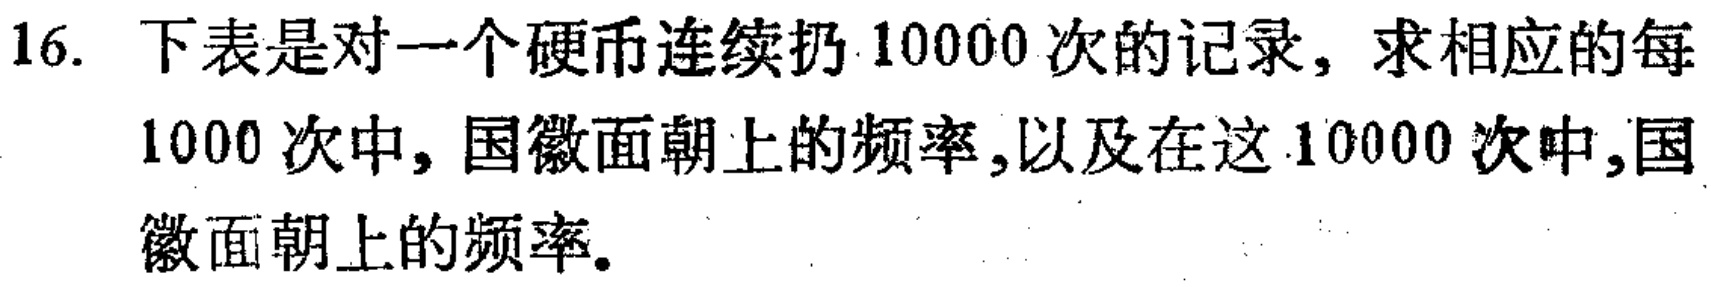
16. 下表是对一个硬币连续扔10000次的记录，求相应的每
1000次中，国徽面朝上的频率，以及在这10000次中，国
徽面朝上的频率。